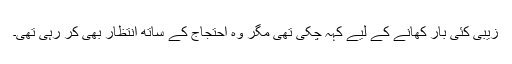
زیبی کئی بار کھانے کے لیے کہہ چکی تھی مگر وہ احتجاج کے ساتھ انتظار بھی کر رہی تھی۔